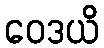
ဝေဒယိ